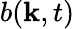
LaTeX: b(\mathbf{k},t)